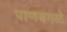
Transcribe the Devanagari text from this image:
पाणबगळे